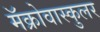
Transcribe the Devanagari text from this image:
मॅक्रोवास्कुलर